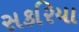
સકરિયા